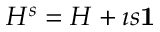
H ^ { s } = H + \imath { s } { \bf 1 }